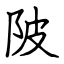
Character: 陂